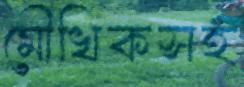
মৌখিকসহ